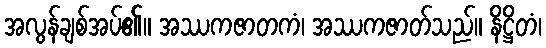
အလွန်ချစ်အပ်၏။ အဿကဇာတကံ၊ အဿကဇာတ်သည်။ နိဋ္ဌိတံ၊